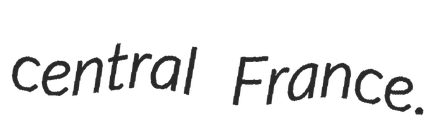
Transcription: central France.